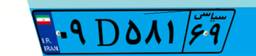
۰۹D۵۸۱۶۹